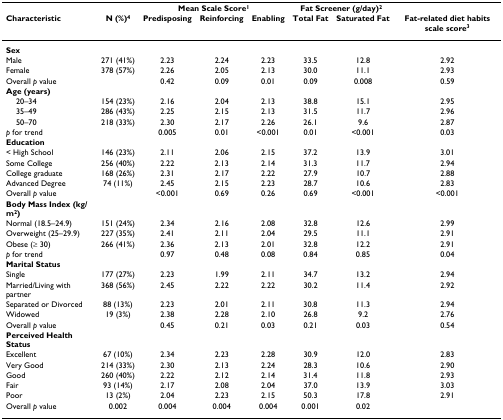
<table><thead><tr><td></td><td></td><td colspan="3"><b>Mean Scale Score<sup>1</sup></b></td><td colspan="2"><b>Fat Screener (g/day)<sup>2</sup></b></td><td></td></tr><tr><td><b>Characteristic</b></td><td><b>N (%)<sup>4</sup></b></td><td><b>Predisposing</b></td><td><b>Reinforcing</b></td><td><b>Enabling</b></td><td><b>Total Fat</b></td><td><b>Saturated Fat</b></td><td><b>Fat-related diet habits scale score<sup>3</sup></b></td></tr></thead><tbody><tr><td><b>Sex</b></td><td></td><td></td><td></td><td></td><td></td><td></td><td></td></tr><tr><td>Male</td><td>271 (41%)</td><td>2.23</td><td>2.24</td><td>2.23</td><td>33.5</td><td>12.8</td><td>2.92</td></tr><tr><td>Female</td><td>378 (57%)</td><td>2.26</td><td>2.05</td><td>2.13</td><td>30.0</td><td>11.1</td><td>2.93</td></tr><tr><td>Overall <i>p </i>value</td><td></td><td>0.42</td><td>0.09</td><td>0.01</td><td>0.09</td><td>0.008</td><td>0.59</td></tr><tr><td><b>Age (years)</b></td><td></td><td></td><td></td><td></td><td></td><td></td><td></td></tr><tr><td> 20–34</td><td>154 (23%)</td><td>2.16</td><td>2.04</td><td>2.13</td><td>38.8</td><td>15.1</td><td>2.95</td></tr><tr><td> 35–49</td><td>286 (43%)</td><td>2.25</td><td>2.15</td><td>2.13</td><td>31.5</td><td>11.7</td><td>2.96</td></tr><tr><td> 50–70</td><td>218 (33%)</td><td>2.30</td><td>2.17</td><td>2.26</td><td>26.1</td><td>9.6</td><td>2.87</td></tr><tr><td><i>p </i>for trend</td><td></td><td>0.005</td><td>0.01</td><td>&lt;0.001</td><td>0.01</td><td>&lt;0.001</td><td>0.03</td></tr><tr><td><b>Education</b></td><td></td><td></td><td></td><td></td><td></td><td></td><td></td></tr><tr><td>&lt; High School</td><td>146 (23%)</td><td>2.11</td><td>2.06</td><td>2.15</td><td>37.2</td><td>13.9</td><td>3.01</td></tr><tr><td>Some College</td><td>256 (40%)</td><td>2.22</td><td>2.13</td><td>2.14</td><td>31.3</td><td>11.7</td><td>2.94</td></tr><tr><td>College graduate</td><td>168 (26%)</td><td>2.31</td><td>2.17</td><td>2.22</td><td>27.9</td><td>10.7</td><td>2.88</td></tr><tr><td>Advanced Degree</td><td>74 (11%)</td><td>2.45</td><td>2.15</td><td>2.23</td><td>28.7</td><td>10.6</td><td>2.83</td></tr><tr><td>Overall <i>p </i>value</td><td></td><td>&lt;0.001</td><td>0.69</td><td>0.26</td><td>0.69</td><td>&lt;0.001</td><td>&lt;0.001</td></tr><tr><td><b>Body Mass Index (kg/m<sup>2</sup>)</b></td><td></td><td></td><td></td><td></td><td></td><td></td><td></td></tr><tr><td>Normal (18.5–24.9)</td><td>151 (24%)</td><td>2.34</td><td>2.16</td><td>2.08</td><td>32.8</td><td>12.6</td><td>2.99</td></tr><tr><td>Overweight (25–29.9)</td><td>227 (35%)</td><td>2.41</td><td>2.11</td><td>2.04</td><td>29.5</td><td>11.1</td><td>2.91</td></tr><tr><td>Obese (≥ 30)</td><td>266 (41%)</td><td>2.36</td><td>2.13</td><td>2.01</td><td>32.8</td><td>12.2</td><td>2.91</td></tr><tr><td><i>p </i>for trend</td><td></td><td>0.97</td><td>0.48</td><td>0.08</td><td>0.84</td><td>0.85</td><td>0.04</td></tr><tr><td><b>Marital Status</b></td><td></td><td></td><td></td><td></td><td></td><td></td><td></td></tr><tr><td>Single</td><td>177 (27%)</td><td>2.23</td><td>1.99</td><td>2.11</td><td>34.7</td><td>13.2</td><td>2.94</td></tr><tr><td>Married/Living with partner</td><td>368 (56%)</td><td>2.45</td><td>2.22</td><td>2.22</td><td>30.2</td><td>11.4</td><td>2.92</td></tr><tr><td>Separated or Divorced</td><td>88 (13%)</td><td>2.23</td><td>2.01</td><td>2.11</td><td>30.8</td><td>11.3</td><td>2.94</td></tr><tr><td>Widowed</td><td>19 (3%)</td><td>2.38</td><td>2.28</td><td>2.10</td><td>26.8</td><td>9.2</td><td>2.76</td></tr><tr><td>Overall <i>p </i>value</td><td></td><td>0.45</td><td>0.21</td><td>0.03</td><td>0.21</td><td>0.03</td><td>0.54</td></tr><tr><td><b>Perceived Health Status</b></td><td></td><td></td><td></td><td></td><td></td><td></td><td></td></tr><tr><td>Excellent</td><td>67 (10%)</td><td>2.34</td><td>2.23</td><td>2.28</td><td>30.9</td><td>12.0</td><td>2.83</td></tr><tr><td>Very Good</td><td>214 (33%)</td><td>2.30</td><td>2.13</td><td>2.24</td><td>28.3</td><td>10.6</td><td>2.90</td></tr><tr><td>Good</td><td>260 (40%)</td><td>2.22</td><td>2.12</td><td>2.14</td><td>31.4</td><td>11.8</td><td>2.93</td></tr><tr><td>Fair</td><td>93 (14%)</td><td>2.17</td><td>2.08</td><td>2.04</td><td>37.0</td><td>13.9</td><td>3.03</td></tr><tr><td>Poor</td><td>13 (2%)</td><td>2.04</td><td>2.23</td><td>2.15</td><td>50.3</td><td>17.8</td><td>2.91</td></tr><tr><td>Overall <i>p </i>value</td><td>0.002</td><td>0.004</td><td>0.004</td><td>0.004</td><td>0.001</td><td>0.02</td><td></td></tr></tbody></table>